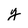
Character: y